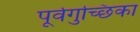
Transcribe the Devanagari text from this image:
पूर्वगुच्छिका